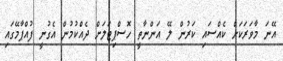
އޭނަ މާވަރަކަށް ކެއްސައި ކަރުން ލޭ އަންނާތީ ހޮސްޕިޓަލަށް ދެއްކުމުން އެގުނީ ފުއްޕާމޭގައި